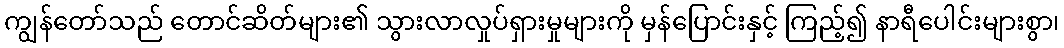
ကျွန်တော်သည် တောင်ဆိတ်များ၏ သွားလာလှုပ်ရှားမှုများကို မှန်ပြောင်းနှင့် ကြည့်၍ နာရီပေါင်းများစွာ၊